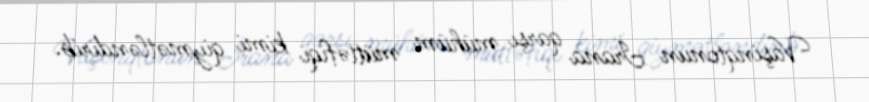
Vaşinqtonun İrana qarşı mühüm müttəfiqi kimi qiymətləndirib.